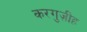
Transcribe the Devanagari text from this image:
करगुज़ीह